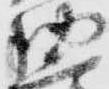
納